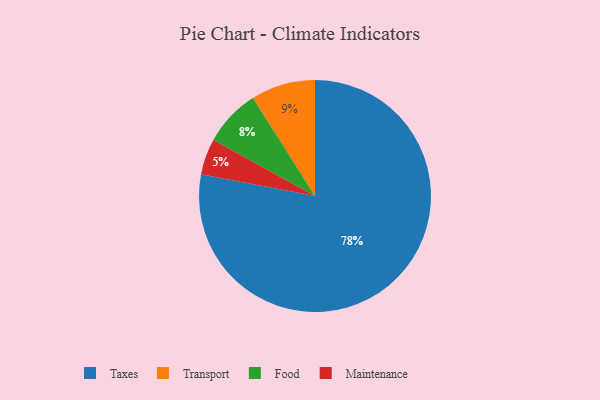
{"axis": {"x": "Category", "y": "Percentage"}, "legend": ["Food", "Maintenance", "Taxes", "Transport"], "data": [{"x": "Transport", "y": 9, "type": "Transport"}, {"x": "Food", "y": 8, "type": "Food"}, {"x": "Maintenance", "y": 5, "type": "Maintenance"}, {"x": "Taxes", "y": 78, "type": "Taxes"}]}